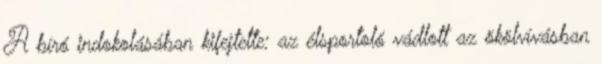
A bíró indokolásában kifejtette: az élsportoló vádlott az ökölvívásban